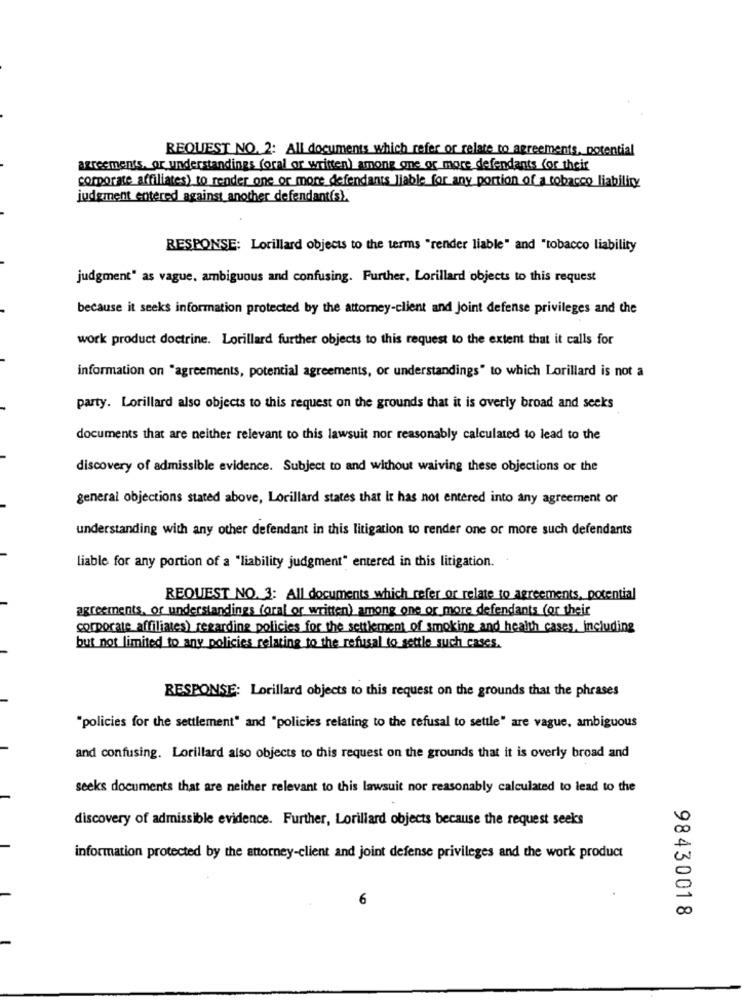
REQUEST NO. 2: All documents which refer or relate to agreements, potential
agreements, or understandings foral or written) among one or more defendants for their
corporate affiliates) to render one or more_defendants_liable for any portion of a tobacco liability
judgment entered against another defendant(s).
RESPONSE: Lorillard objects to the terms "render liable" and "tobacco liability
judgment" as vague. ambiguous and confusing. Further, Lorillard objects to this request
because it seeks information protected by the attorney-client and Joint defense privileges and the
work product doctrine. Lorillard further objects to this request to the extent that it calls for
information on "agreements, potential agreements, or understandings" to which Lorillard is not a
party. Lorillard also objects to this request on the grounds that it is overly broad and seeks
documents that are neither relevant to this lawsuit nor reasonably calculated to lead to the
discovery of admissible evidence. Subject to and without waiving these objections or the
general objections stated above, Lorillard states that It has not entered into any agreement or
understanding with any other defendant in this litigation to render one or more such defendants
Liable for any portion of a "liability judgment" entered in this litigation.
REQUEST NO. 3: All documents which refer or relate to agreements, potential
agreements, or understandings (oral or written) among one or more defendants (or their
corporate affiliates) regarding policies for the settlement of smoking and health cases, including
but not limited to any policies relating to the refusal to settle such cases.
RESPONSE: Lorillard objects to this request on the grounds that the phrases
"policies for the settlement" and "policies relating to the refusal to settle" are vague, ambiguous
and confusing. Lorillard also objects to this request on the grounds that it is overly broad and
seeks documents that are neither relevant to this lawsuit nor reasonably calculated to lead to the
discovery of admissible evidence. Further, Lorillard objects because the request seeks
information protected by the attorney-client and joint defense privileges and the work product
6
98430018